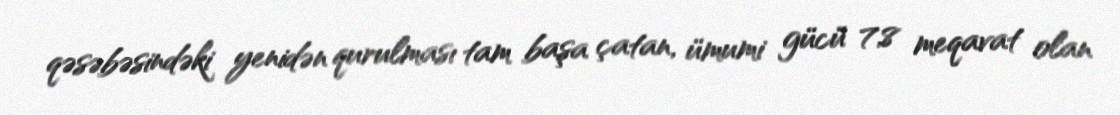
qəsəbəsindəki yenidən qurulması tam başa çatan, ümumi gücü 7,8 meqavat olan